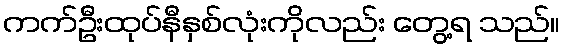
ကက်ဦးထုပ်နီနှစ်လုံးကိုလည်း တွေ့ရ သည်။